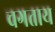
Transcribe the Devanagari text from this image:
चगताय